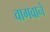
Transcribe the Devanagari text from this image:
वागवाने